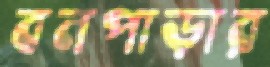
বনপাড়ার